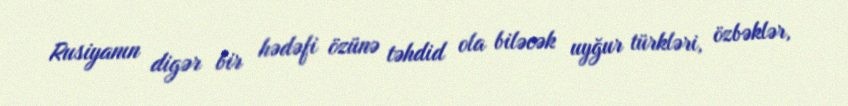
Rusiyanın digər bir hədəfi özünə təhdid ola biləcək uyğur türkləri, özbəklər,